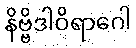
နိဗ္ဗိဒါဝိရာဂေါ